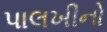
પાલખીનો